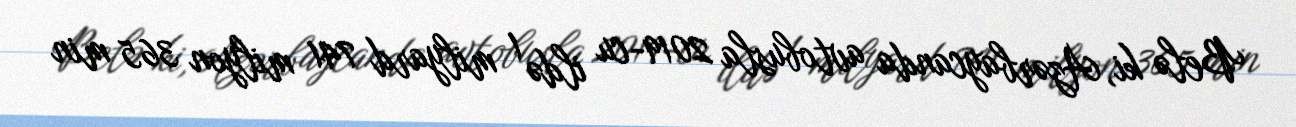
Belə ki, Azərbaycanda avtobusla 2019-cu ildə 1 milyard 741 milyon 365 min